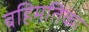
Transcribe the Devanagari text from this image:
बहिमतिका